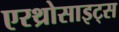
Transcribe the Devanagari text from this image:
एरथ्रोसाइट्स